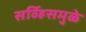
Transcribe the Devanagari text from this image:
सर्व्हिसमुळे